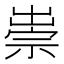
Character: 𥚢